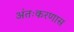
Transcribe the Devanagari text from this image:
अंतःकरणास